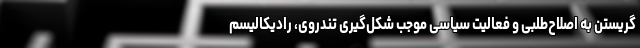
گریستن به اصلاح‌طلبی و فعالیت سیاسی موجب شکل‌گیری تندروی، رادیکالیسم